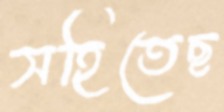
সহিতেছ